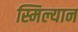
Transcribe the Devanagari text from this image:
स्मिल्यान